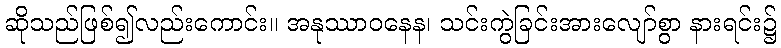
ဆိုသည်ဖြစ်၍လည်းကောင်း။ အနုဿာဝနေန၊ သင်းကွဲခြင်းအားလျော်စွာ နားရင်း၌